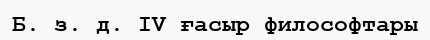
Б. з. д. IV ғасыр философтары